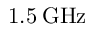
1 . 5 \: \mathrm { G H z }